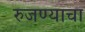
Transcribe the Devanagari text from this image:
रुजण्याचा